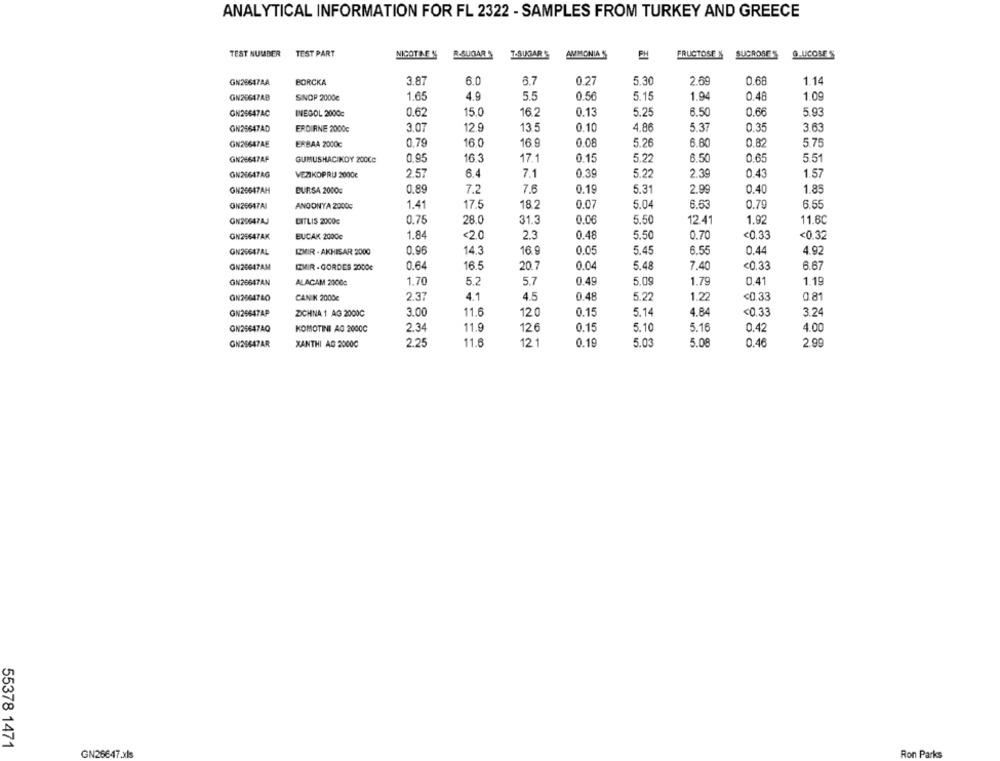
ANALYTICAL INFORMATION FOR FL 2322 - SAMPLES FROM TURKEY AND GREECE
TEST NUMBER
TEST PART
R-SUGAR
L-SUGAR
AMMONIA S
SUCROSE
G LICOSES
NICOTINE S
FRUCTOSE N
GN25617AA
BORCKA
3.87
6.0
3.7
0.27
5.30
2.69
0.68
1.14
GN26647AB
SINOP 2000€
1.65
4.9
5.5
0.56
5.15
1.94
0.48
1.09
GN25647AC
INEGOL 2000c
0.62
15.0
16.2
0.13
5.25
6.50
0.66
5.93
GN25647AD
ERDIRNE 2000c
3.07
12.9
13.5
0.10
4.86
5.37
0.35
3.63
GN25647AE
ERBAA 2000c
0.79
16.0
16.9
0.08
5.26
6.80
0.82
5.75
GN26647AF
GUMUSHACIKDY 200Cc
0.95
16.3
17.1
0.15
5.22
6.50
0.65
5.51
GN26647AG
VEZIKOPRU 2000€
2.57
6.4
7.1
0.30
5.22
2.39
0.43
1.57
GN26647AH
BURSA 2000c
0.89
7.2
7.6
0.19
5.31
2.99
0.40
1.85
GN26647AI
ANDONYA 2000G
1.41
17.5
18.2
0.07
5.04
6.63
0.79
6.55
GHZDATAJ
CITLIS 2000€
0.75
28.0
31.3
0.06
5.50
12.41
1.92
11.6C
GN2564TAK
BUCAK 2000c
1.84
<2.0
2.3
0.48
5.50
0.70
<0.33
<0.32
GN26647AL
EMIR . AKHISAR 2000
0.96
14.3
16.9
0.05
5.45
6.55
0.44
4.92
GN26647AM
EMIR - GORDES 2000€
0.64
16.5
20.7
0.04
5.48
7,40
<0.33
6.67
GN26647AN
ALACAM 2000c
1.70
5.2
5.7
0.49
5.09
1.79
0.41
1.19
GN2664740
CANIK 2000€
2.37
4.1
4.5
0.48
5.22
1.22
<0.33
0.81
GN25647AP
ZICHNA 1 AG 2000C
3.00
11.6
0.15
5.1
4.84
<0.33
3.24
120
2.34
11.9
126
0.15
5.10
5.16
0.42
4.00
GN25647AQ
KOMOTINI AG 2000C
2.25
11.6
121
0.19
5.03
5.08
0.46
2.99
GN25647AR
XANTHI AG 2000℃
55378 1471
GN26647.xls
Ron Parks